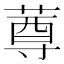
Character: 𰱫